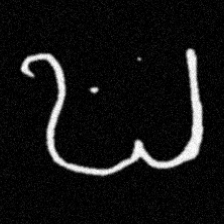
Pyu character \u2014 Myanmar letter: ဎ (romanized: ddha)